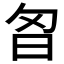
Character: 𭥘